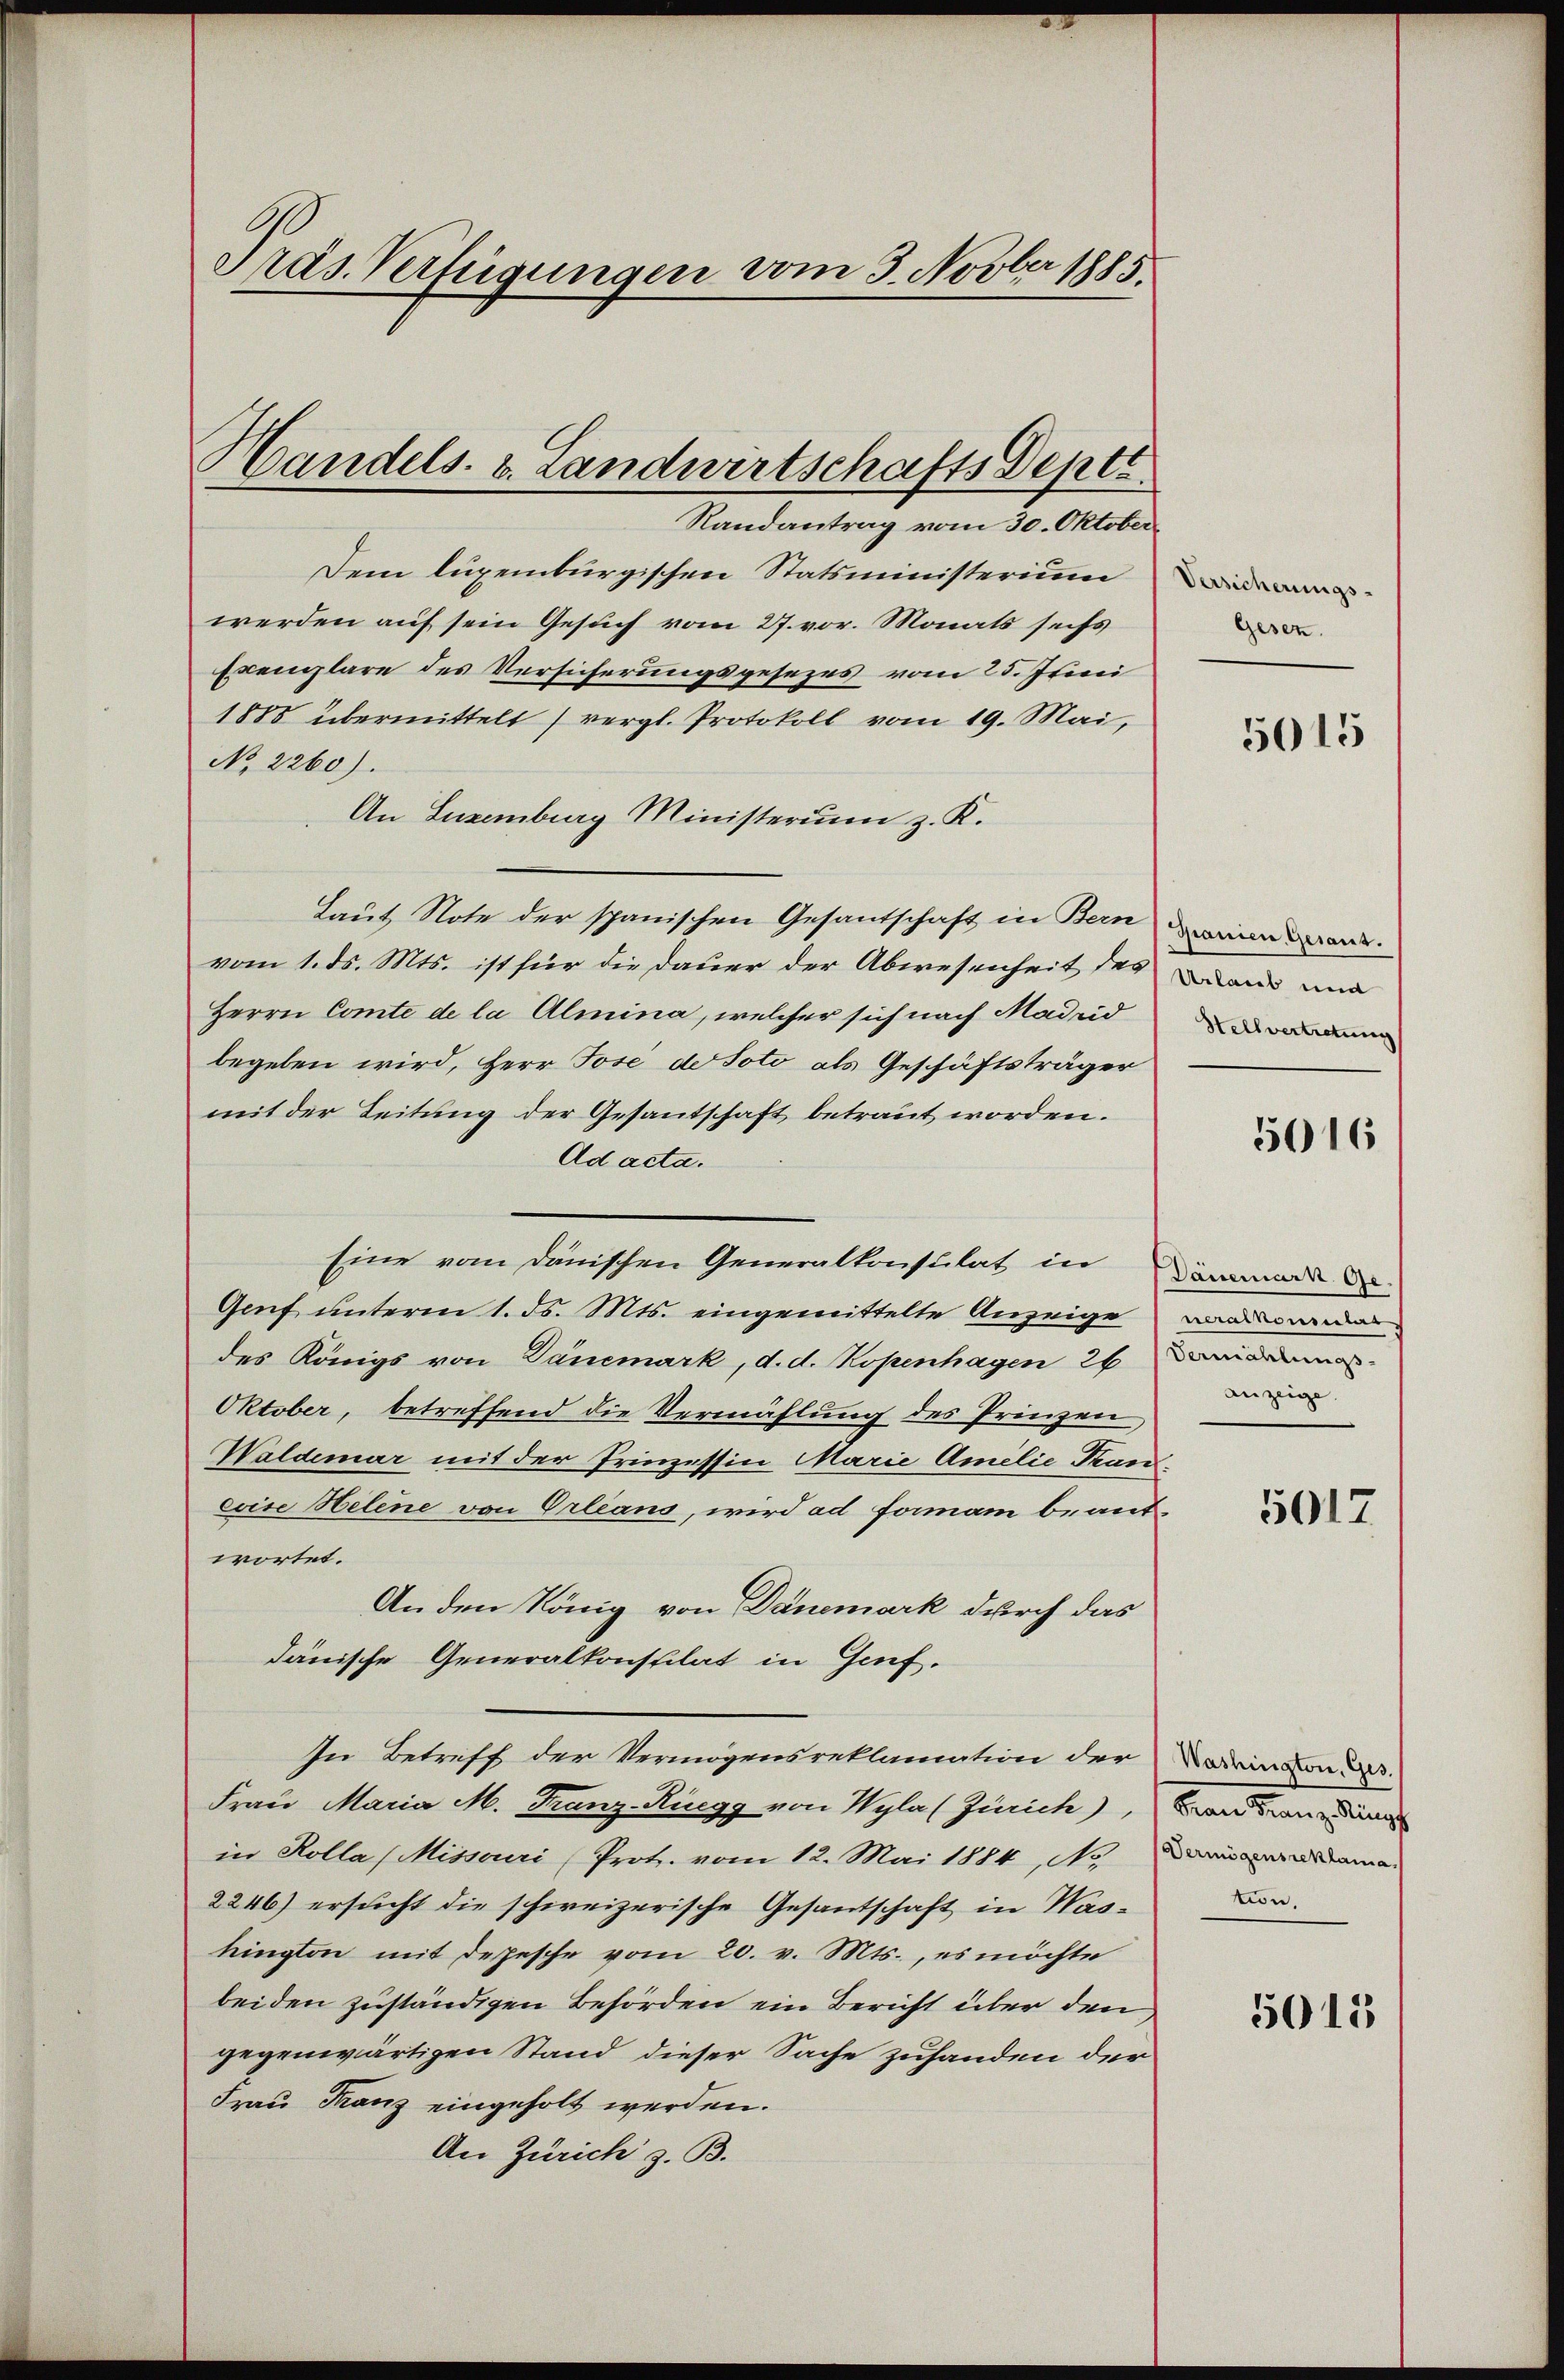
Präs. Verfügungen vom 3. Novber 1885.

Dem luxenburgischen Statsministerium
werden auf sein Gesuch vom 27. vor. Monats sechs
Exemplare des Versicherungsgesezes vom 25. Jenei
1885 übermittelt (vergl. Protokoll vom 19. Mai,
No 2260).
An Luzemberg Ministerium z. K.
Laut Note der spanischen Gesantschaft in Bein einen
vom 1. ds. Mts. ist für die Dauer der Abwesenheit des Brand und
Herrn Comte de la Almina, welcher sich nach Madrid
begeben wird, Herr Jose der Soto als Geschäftsträger
mit der Leitung der Gesantschaft betraut worden.
Ad acta.
Eine vom dänischen Generalkonsulat in immer de
Genf unterm 1. ds. Mts. eingemittelte Anzeige
des Königs von Dänemark, d. d. Kopenhagen 26 Domana
Oktober, betreffend die Vermählung des Prinzen
Waldemar mit der Prinzessin Marie Amilie Taneeise Helene von Orleans, wird ad forman beantwortet.
An den König von Danemark durch das
dänische Generalkonstilat in Genf.
In Betreff der Vermögensreklamation der
Frau Maria M. Franz-Rüegg von Wyla (Zürich), Band man da
in Kolla (Missouri (Prot. vom 12. Mai 1884, No. Daniemandama
2246) ersucht die schweizerische Gesantschaft in Washington mit depesche vom 20. v. Mts., es möchte
beiden zuständigen Behörden ein Bericht über den
gegenwärtigen Stand dieser Sache zuhanden der
Frau Franz eingeholt werden.
An Zürich z. B.

Handels. v. Landwirtschafts Deptt
Randantrag vom 30. Oktober

Gesen.

5015

Hellvertretung

5016

neralkonsular
anzeige.

5017

Washington, Ges.
tion,

5015